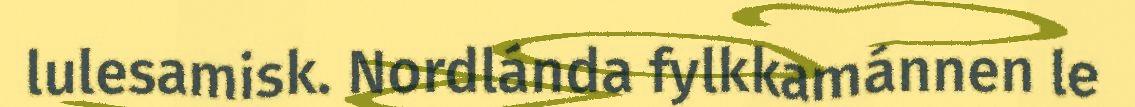
lulesamisk. Nordlánda fylkkamánnen le